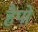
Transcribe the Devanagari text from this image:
हैपो